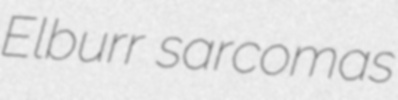
Elburr sarcomas